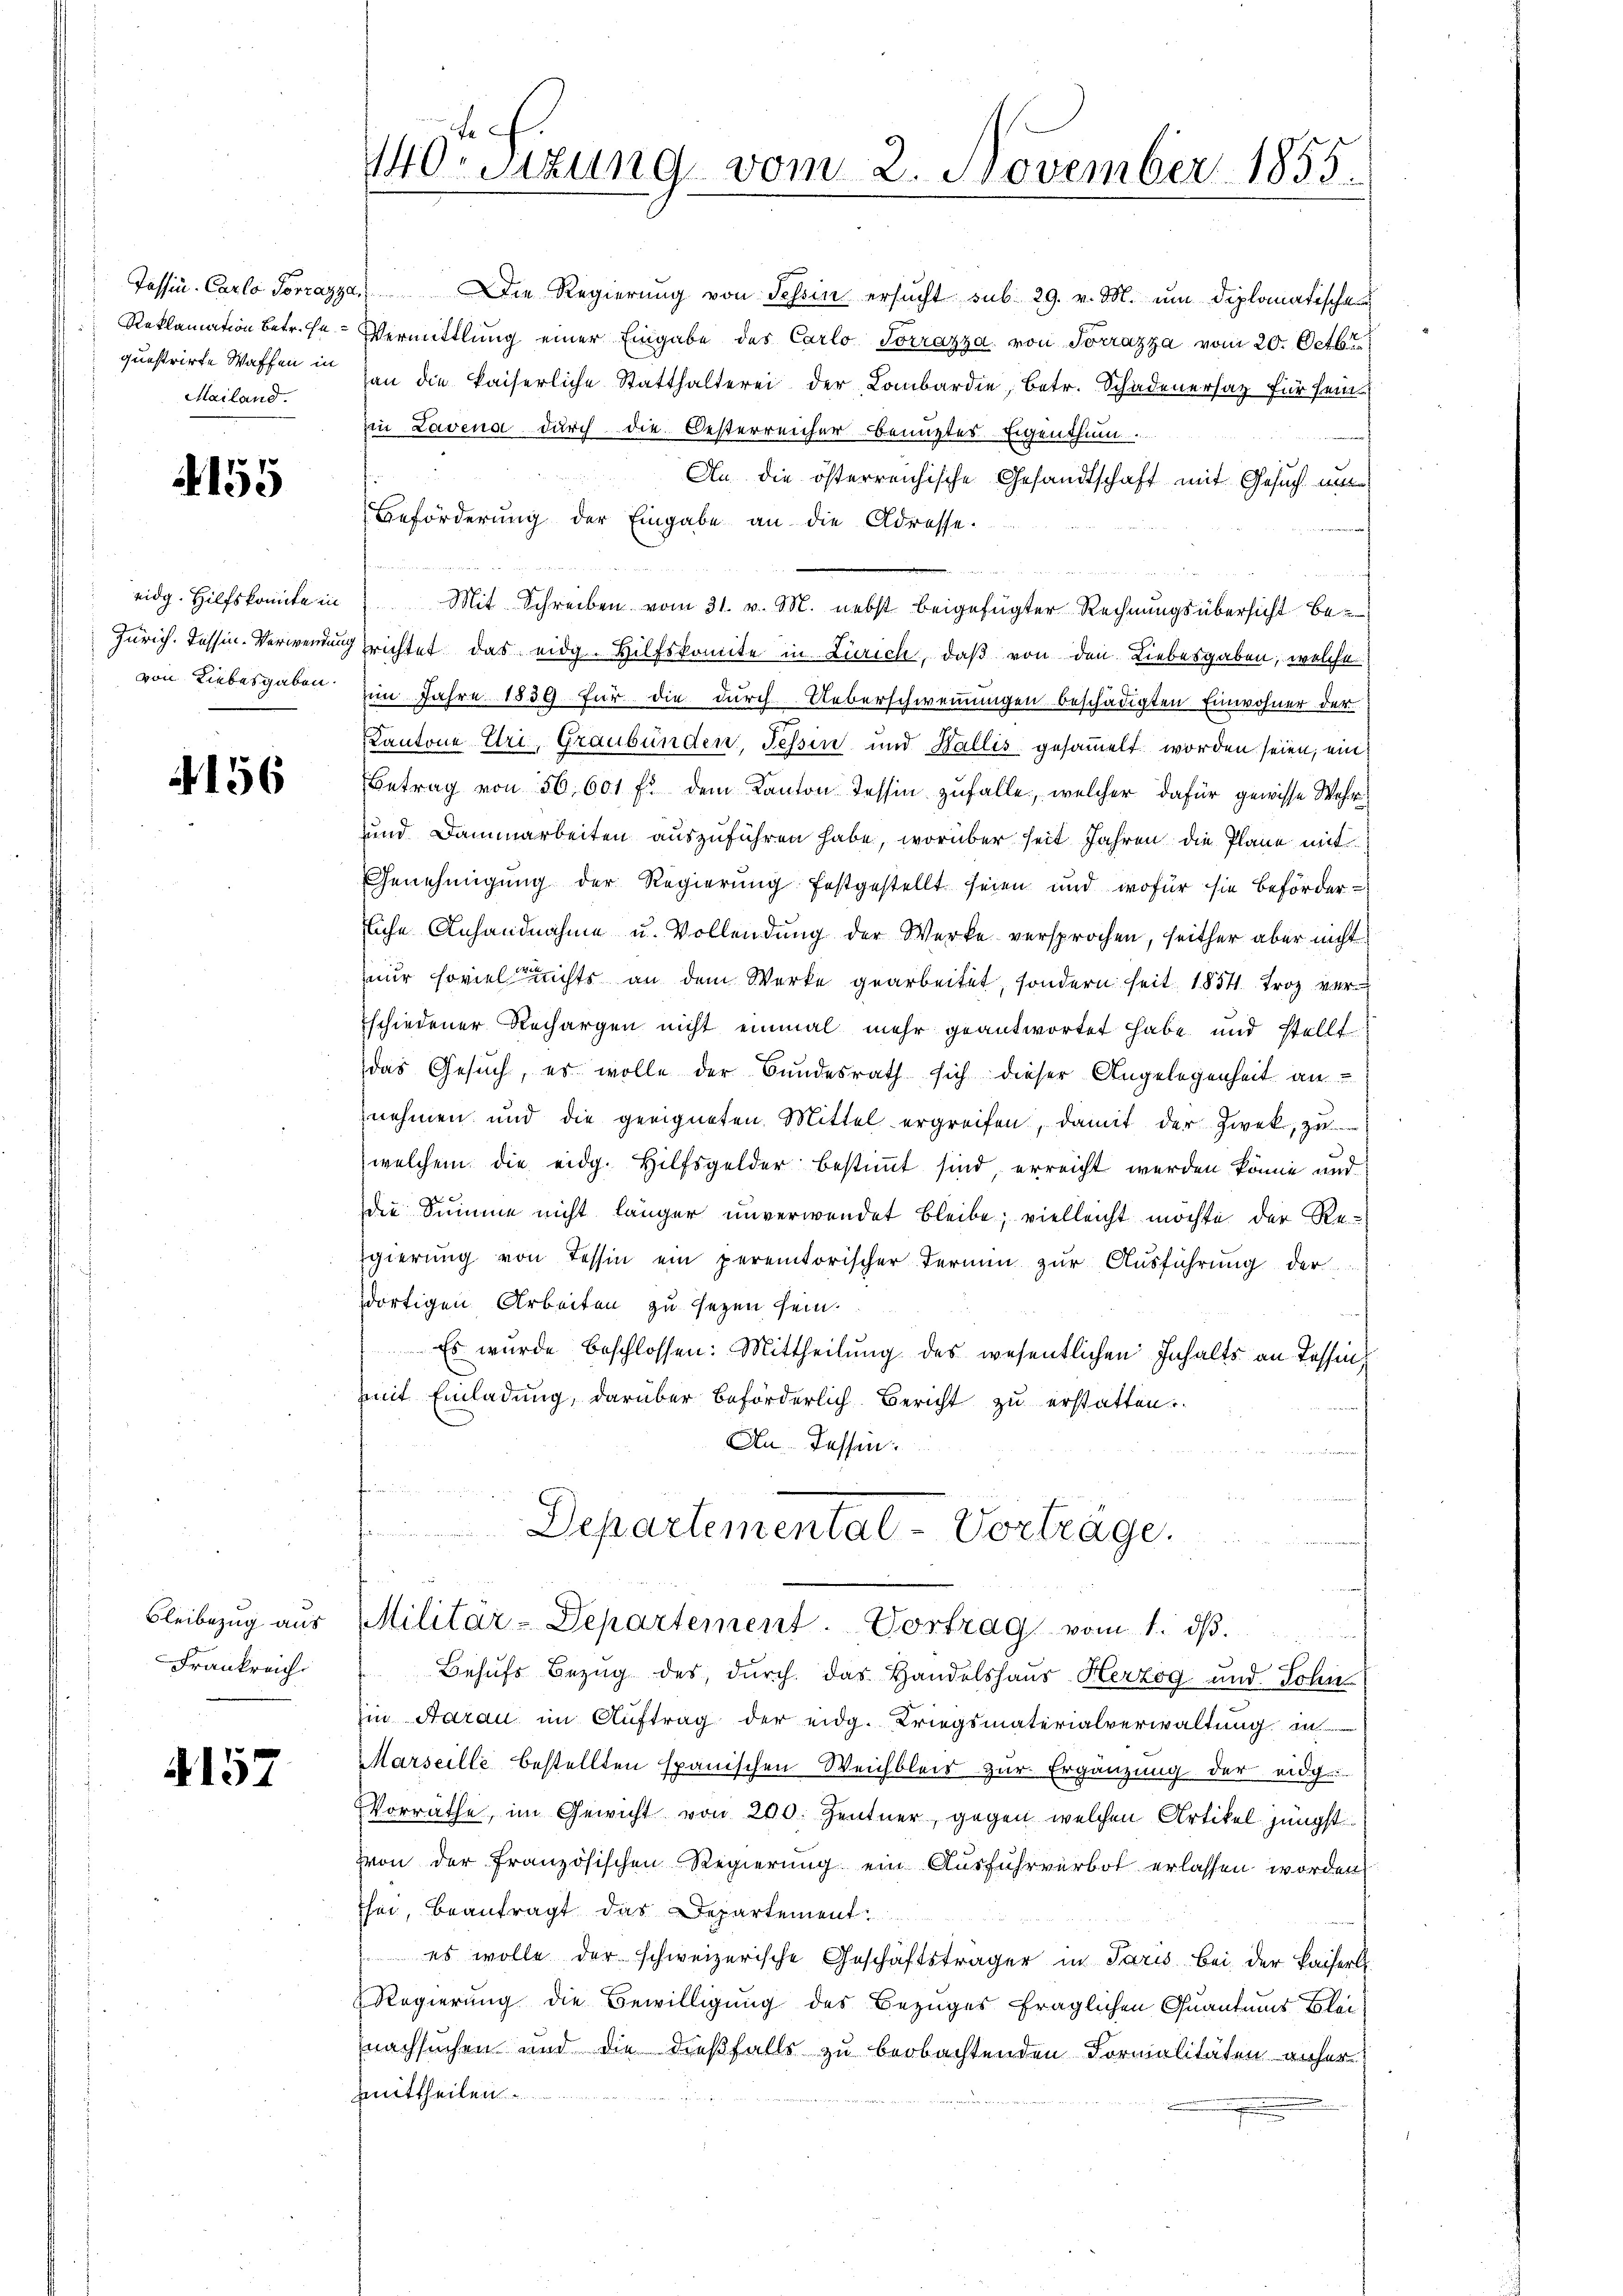
Mailand.

4155

eidg. Hilfskomite in

156

Frankreich

4157

u
Tessin, Carlo Torrazza Die Regierŭng von Tessin ersŭcht sub 29. v. M. um diplomatische
Reklamation betr. sn Vermittlung einer Eingabe des Carlo Socrazza, von Socrazza vom 20. Octbr.
questrirte Waffen in an die kaiserliche Statthalterei der Lombardie, betr. Schadenersatz für seine
in Lavena durch die Oesterreicher benuztes Eigenthum.
An die österreichische Gesandtschaft mit Gesuch un
Beförderung der Eingabe an die Adresse.
Mit Schreiben vom 31. v. M. nebst beigefügter Rechnungsübersicht be¬
Zürich. Tessin-Verwendung richtet das eidg. Hilfskomite in Zürich, daß von den Liebesgaben, welche
von Liebesgaben im Jahre 1839 für die durch Ueberschwemmungen beschädigten Einwohner der
Kantone Uri, Graubünden, Tessin und Wallis gesammelt worden seien, ein¬
Betrag von 56,601 f. dem Kanton Tessin zufalle, welcher dafür gewisse Wehr¬
und Dammarbeiten auszuführen habe, worüber seit Jahren die Plane mit
Genehmigung der Regierung festgestellt seien und wofür sie beförderliche Anhandnahme u. Vollendŭng der Werke versprochen, seither aber nicht
nur soviel nichts an dem Werke gearbeitet, sondern seit 1854. Froz var
schiedener Rechargen nicht einmal mehr geantwortet habe und stellt
das Gesuch, es wolle der Bundesrath sich dieser Angelegenheit an
nehmen und die geeigneten Mittel ergreifen, damit der Zwek, zu
welchem die eidg. Hilfsgelder bestimmt sind, erreicht werden könne und
die Summe nicht länger unverwendet bleibe; vielleicht möchte der Regierung von Tessin ein peremtorischer Termin zur Ausführung der
dortigen Arbeiten zu sezen sein.
Es wurde beschlossen: Mittheilung des wesentlichen Inhalts an Tessin,
mit Einladung, darüber beförderlich Bericht zu erstatten.
An Tassen.

140r Sitzung vom 2. November 1855.

Departemental-Vortrage.
Bleibezŭg aŭs Militär-Departement. Vortrag vom 1. dβ.

Behufs Bezug des durch das Handelshaus Herzog und Sohn
Ein Aarau im Auftrag der eidg. Kriegsmaterialverwaltung in
Marseille bestellten spanischen Weichbleib zur Ergänzung der eidg.
Vorräthe, im Gewicht von 200. Zentner, gegen welchen Artikel jüngst
Von der französischen Regierung ein Ausführverbot erlassen worden
Ehe, beantragt das Departement.
es wolle der schweizerische Geschäftsträger in Paris Bei der Kaiserl.
Regierung die Bewilligung des Bezuges fraglichen Quantums Bleinachsuchen und die dießfalls zu beobachtenden Formalitäten anher
zmittheilen.